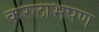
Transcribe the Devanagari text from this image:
करलाभपण